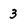
Character: 3